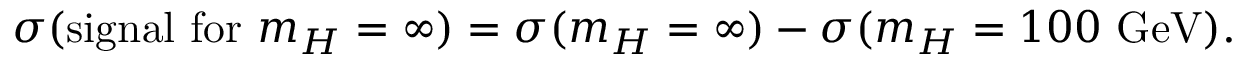
\sigma ( \mathrm { s i g n a l ~ f o r ~ } m _ { H } = \infty ) = \sigma ( m _ { H } = \infty ) - \sigma ( m _ { H } = 1 0 0 \mathrm { ~ G e V } ) .